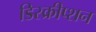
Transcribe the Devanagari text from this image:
डिस्क्रीप्शन